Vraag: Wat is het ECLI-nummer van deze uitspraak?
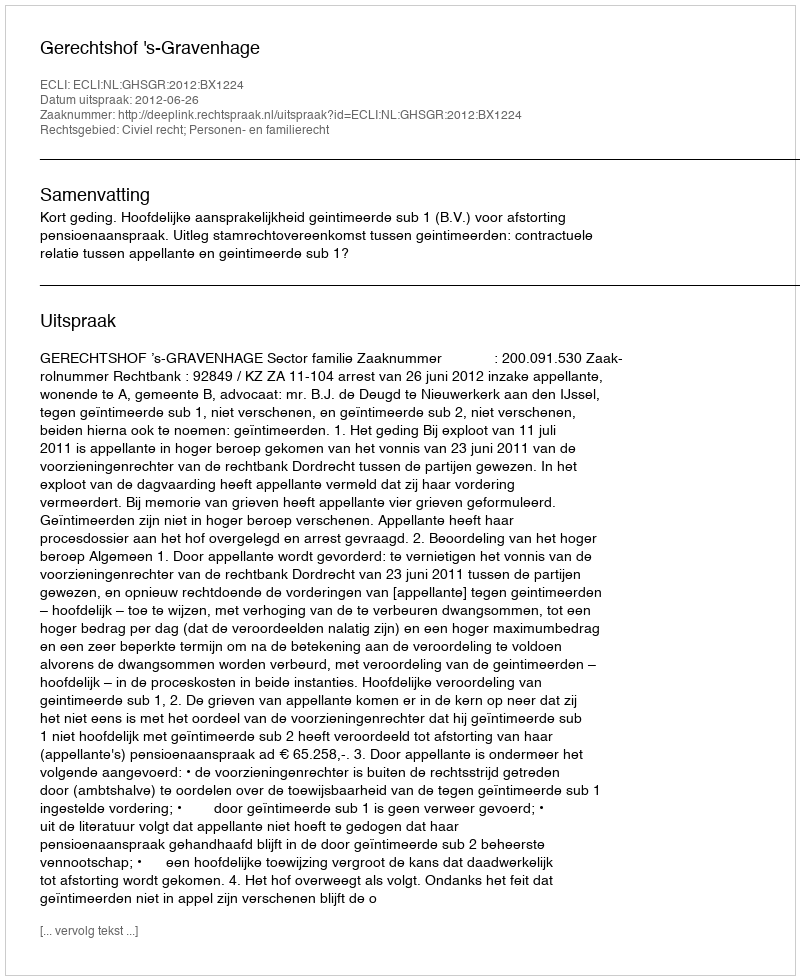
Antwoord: ECLI:NL:GHSGR:2012:BX1224